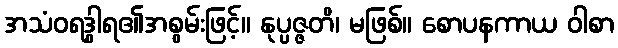
အသံဝရဒွါရ၏အစွမ်းဖြင့်။ နုပ္ပဇ္ဇတိ၊ မဖြစ်။ စောပနကာယ ဝါစာ